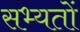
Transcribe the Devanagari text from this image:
सभ्यतों